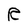
Character: R